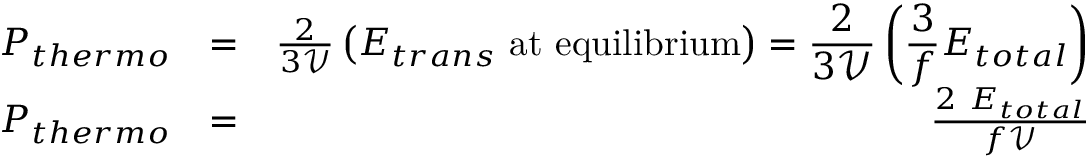
\begin{array} { r l r } { P _ { t h e r m o } } & { = } & { \frac { 2 } { 3 \mathcal { V } } \displaystyle \left( E _ { t r a n s } ~ \mathrm { a t ~ e q u i l i b r i u m } \right) = \frac { 2 } { 3 \mathcal { V } } \left( \frac { 3 } { f } E _ { t o t a l } \right) } \\ { P _ { { t h e r m o } } } & { = } & { \frac { 2 ~ E _ { t o t a l } } { f \mathcal { V } } } \end{array}